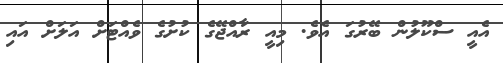
އެއީ ސްކޫލުން ބޭރުގަ އެވެ. މިއީ ރާއްޖޭގެ ކުށުގެ ވެއްޓަށް އަލަށް އައި